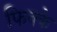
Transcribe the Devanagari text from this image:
फिक्के